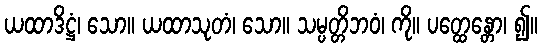
ယထာဒိဋ္ဌံ၊ သော။ ယထာသုတံ၊ သော။ သမ္ပတ္တိဘဝံ၊ ကို။ ပတ္ထေန္တော၊ ၍။